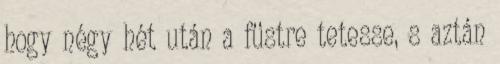
hogy négy hét után a füstre tetesse, s aztán